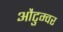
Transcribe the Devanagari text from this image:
औटुम्वर